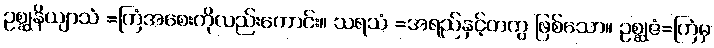
ဥစ္ဆုနိယျာသံ =ကြံအစေးကိုလည်းကောင်း။ သရသံ =အရည်နှင့်တကွ ဖြစ်သော။ ဥစ္ဆုဇံ=ကြံမှ